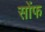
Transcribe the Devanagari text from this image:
सोंफ